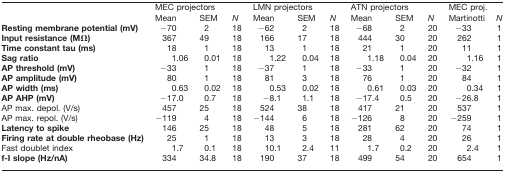
<table><thead><tr><td></td><td colspan="3"><b>MEC projectors</b></td><td colspan="3"><b>LMN projectors</b></td><td colspan="3"><b>ATN projectors</b></td><td colspan="2"><b>MEC proj.</b></td></tr><tr><td></td><td><b>Mean</b></td><td><b>SEM</b></td><td><b><i>N</i></b></td><td><b>Mean</b></td><td><b>SEM</b></td><td><b><i>N</i></b></td><td><b>Mean</b></td><td><b>SEM</b></td><td><b><i>N</i></b></td><td><b>Martinotti</b></td><td><b><i>N</i></b></td></tr></thead><tbody><tr><td><b>Resting membrane potential (mV)</b></td><td>−70</td><td>2</td><td>18</td><td>−62</td><td>2</td><td>18</td><td>−68</td><td>2</td><td>20</td><td>−33</td><td>1</td></tr><tr><td><b>Input resistance (MΩ)</b></td><td>367</td><td>49</td><td>18</td><td>166</td><td>17</td><td>18</td><td>444</td><td>30</td><td>20</td><td>262</td><td>1</td></tr><tr><td><b>Time constant tau (ms)</b></td><td>18</td><td>1</td><td>18</td><td>13</td><td>1</td><td>18</td><td>21</td><td>1</td><td>20</td><td>11</td><td>1</td></tr><tr><td><b>Sag ratio</b></td><td>1.06</td><td>0.01</td><td>18</td><td>1.22</td><td>0.04</td><td>18</td><td>1.18</td><td>0.04</td><td>20</td><td>1.16</td><td>1</td></tr><tr><td><b>AP threshold (mV)</b></td><td>−33</td><td>1</td><td>18</td><td>−37</td><td>1</td><td>18</td><td>−33</td><td>1</td><td>20</td><td>−32</td><td>1</td></tr><tr><td><b>AP amplitude (mV)</b></td><td>80</td><td>1</td><td>18</td><td>81</td><td>3</td><td>18</td><td>76</td><td>1</td><td>20</td><td>84</td><td>1</td></tr><tr><td><b>AP width (ms)</b></td><td>0.63</td><td>0.02</td><td>18</td><td>0.53</td><td>0.02</td><td>18</td><td>0.61</td><td>0.03</td><td>20</td><td>0.34</td><td>1</td></tr><tr><td><b>AP AHP (mV)</b></td><td>−17.0</td><td>0.7</td><td>18</td><td>−8.1</td><td>1.1</td><td>18</td><td>−17.4</td><td>0.5</td><td>20</td><td>−26.8</td><td>1</td></tr><tr><td>AP max. depol. (V/s)</td><td>457</td><td>25</td><td>18</td><td>524</td><td>38</td><td>18</td><td>417</td><td>21</td><td>20</td><td>537</td><td>1</td></tr><tr><td>AP max. repol. (V/s)</td><td>−119</td><td>4</td><td>18</td><td>−144</td><td>6</td><td>18</td><td>−126</td><td>8</td><td>20</td><td>−259</td><td>1</td></tr><tr><td><b>Latency to spike</b></td><td>146</td><td>25</td><td>18</td><td>48</td><td>5</td><td>18</td><td>281</td><td>62</td><td>20</td><td>74</td><td>1</td></tr><tr><td><b>Firing rate at double rheobase (Hz)</b></td><td>25</td><td>1</td><td>18</td><td>13</td><td>3</td><td>18</td><td>28</td><td>4</td><td>20</td><td>26</td><td>1</td></tr><tr><td>Fast doublet index</td><td>1.7</td><td>0.1</td><td>18</td><td>10.1</td><td>2.4</td><td>11</td><td>1.7</td><td>0.2</td><td>20</td><td>2.4</td><td>1</td></tr><tr><td><b>f-I slope (Hz/nA)</b></td><td>334</td><td>34.8</td><td>18</td><td>190</td><td>37</td><td>18</td><td>499</td><td>54</td><td>20</td><td>654</td><td>1</td></tr></tbody></table>